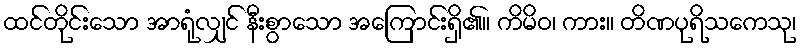
ထင်တိုင်းသော အာရုံလျှင် နီးစွာသော အကြောင်းရှိ၏။ ကိမိဝ၊ ကား။ တိဏပုရိသကေသု၊